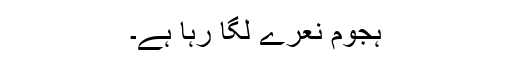
ہجوم نعرے لگا رہا ہے۔